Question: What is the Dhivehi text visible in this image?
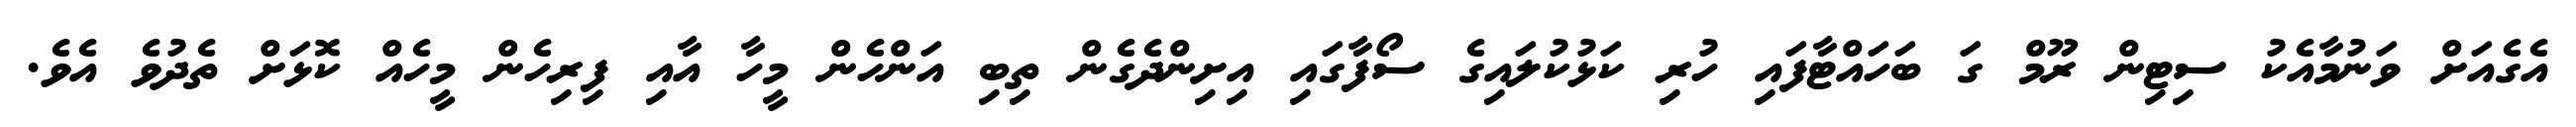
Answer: އެގެއަށް ވަނުމާއެކު ސިޓިން ރޫމް ގަ ބަހައްޓާފައި ހުރި ކަޅުކުލައިގެ ސޯފާގައި އިށިންދެގެން ތިބި އަންހެން މީހާ އާއި ފިރިހެން މީހެއް ކޮޅަށް ތެދުވެ އެވެ.